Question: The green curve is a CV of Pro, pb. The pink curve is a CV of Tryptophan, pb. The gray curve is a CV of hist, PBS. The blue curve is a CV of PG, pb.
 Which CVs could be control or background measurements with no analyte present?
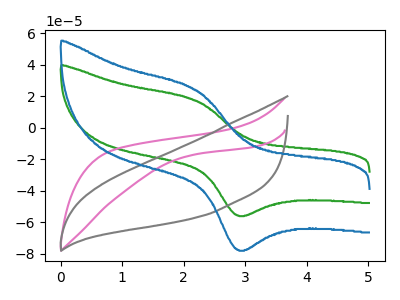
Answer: <think>The green curve "Pro, pb" has an anodic peak at (2.20V, 17.00uA) and a cathodic peak at (2.90V, -55.85uA). The pink curve "Tryptophan, pb" has no peaks. The gray curve "hist, PBS" has no peaks. The blue curve "PG, pb" has an anodic peak at (2.20V, 23.65uA) and a cathodic peak at (2.90V, -77.70uA).</think>
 <answer>"Tryptophan, pb" and "hist, PBS" are likely to be blanks.</answer>
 <eval>"Tryptophan, pb", "hist, PBS"</eval>